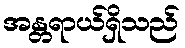
အန္တရာယ်ရှိသည်